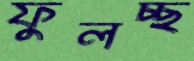
ফুলচ্ছ